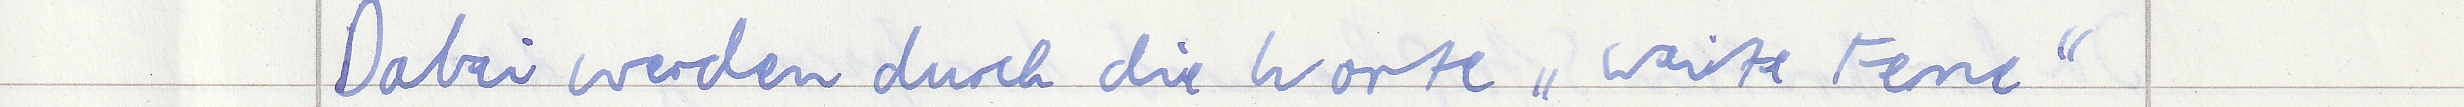
Dabei werden durch die Worte "weite Ferne"